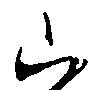
山